[Report on the health of British troops in the Madras command]
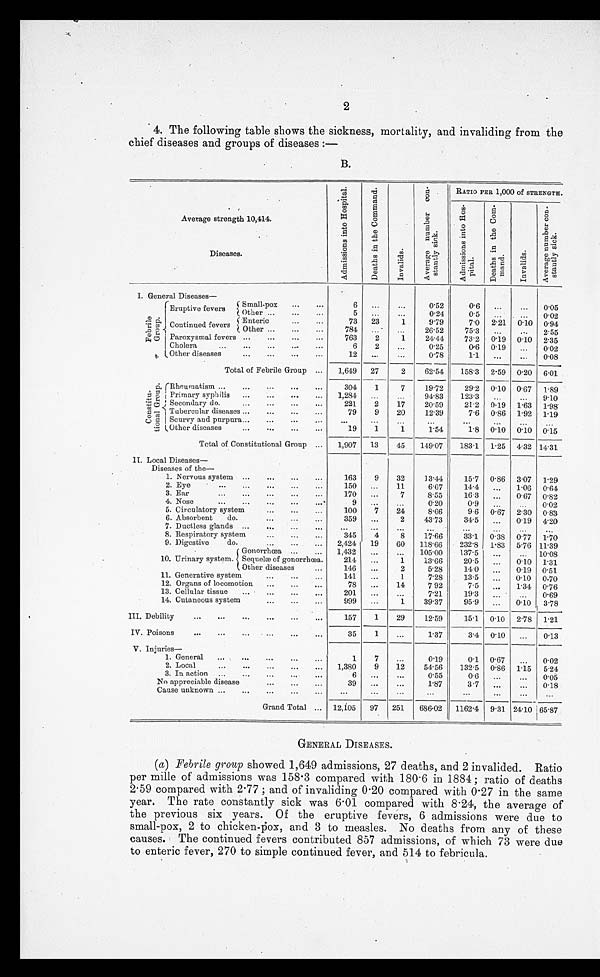
chief diseases and groups of diseases:—
B.
Average strength 10,414.
A d m i s s i o n s i n t o H o s p i t a l .
D e a t h s i n t h e C o m - m a n d .
I n v a l i d s .
A v e r a g e n u m b e r c o n - s t a n t l y s i c k .
RATIO PER 1,000 of STRENGTH.
A d m i s s i o n s i n t o H o s - p i t a l .
D e a t h s i n t h e C o m - m a n d .
I n v a l i d s .
A v e r a g e n u m b e r c o n - s t a n t l y s i c k .
Diseases.
I . G e n e r a l D i s e a s e s —
F e b r i l e G r o u p .
Eruptive fevers
Small-pox
. . .
6
. . .
. . . 0.52
0.6
. . .
. . . 0.05
Other
. . .
5
. . .
. . . 0.24
0.5
. . .
. . . 0.02
Continued fevers
Enteric
. . .
73
23
1
9.79
7.0 2.21 0.10 0.94
Other
. . .
784
. . .
. . .
26.52
75.3
. . .
. . . 2.55
Paroxysmal fevers . . .
763
2
1
24.4
73.2 0.19 0.10 2.35
Cholera
. . .
6
2
. . .
0.25
0.6 0.19
. . . 0.02
Other diseases
. . .
12
. . .
. . .
0.78
1.1
. . .
. . . 0.08
Total of Febrile Group
. . .
1,649
27
2
62.54
158.3 2.59 0.20 6.01
C o n s t i t u - t i o n a l G r o u p . Rheumatism . . .
304
1
7
19.72
29.2 0.10 0.67 1.89
Primary syphilis. . .
1,284
. . .
. . .
94.83
123.3
. . .
9.10
Secondary do . . .
221.
2
17
20.59
21.2 0.19 1.63 1.98
Tubercular diseases . . .
79
9
20
12.39
7.6 0.86 1.92 1.19
Scurvy and purpura . . .
. . .
. . .
. . . . . .
. . .
. . .
. . .
. . .
Other diseases
. . .
19
1
1
1.54
1.8 0.10 0.10 0.15
Total of Constitutional Group
. . . 1,907
13
45
149.07
183.1 1.25 4.32 14.31
II. Local Diseases
—
Diseases of the
—
1. Nervous system . . .
163
9
32
13.44
15.7 0.86 3.07 1.29
2. Eye
. . .
150
...
11
6.67
14.4
. . .
1.06 0.64
3. Ear . . .
170
. . .
7
8.55
16.3
. . .
0.67 0.82
4. Nose
. . .
9
. . .
. . .
0.20
0 . 9
. . .
. . . 0.02
5. Circulatory system
100
7
24
8.66
9.6 0.67 2.30 0.83
6. Absorbent do . . .
359
. . .
2
43.73
34.5
. . .
0.19 4.20
7. Ductless glands
. . .
. . .
. . . . . .
. . . . . . . . .
. . .
8. Respiratory system . . .
345
4
8
17.66
33.1 0.38 0.77 1.70
9. Digestive do . . .
2,421
19
60
118.66
232.8 1.83 5.76 11.39
G o n o r r h œ a 1,432
. . .
. . .
105.00
137.5
. . .
. . . 10.08
10. Urinary system. S e q u e l æ o f g o n o r r o h œ a . o f g o n o r r h œ a .
214
. . .
1
13.66
20.5
. . .
0.10 1.31
Other diseases
. . .
146
. . .
2
5.28
14.0
. . .
0.19 0.51
11. Generative system
141
. . .
1
7.28
13.5
. . .
0 . 1 0 0.70
12. Organs of locomotion
. . .
78
. . .
1 4
7.92
7.5
. . .
1.34 0.76
13. Cellular tissue . . .
201
. . .
. . .
7.21
19.3
. . . . . .
0.69
14. Cutaneous system . . .
999
. . .
1
39.37
95.9
. . .
0.10 3.78
III. Debility
. . .
157
1
29
12.59
15.1 0.10 2.78 1.21
IV. Poisons
. . .
35
1
. . .
1.37
3.4 0.10
. . . 0.13
V. Injuries
—
1. General
. . .
1
7
. . .
0.19
0.1 0.67
. . . 0.02
2. Local
1.380
9
12
54.56
132.5 0.86 1.15 5.24
3. In action
. . .
6
. . .
. . .
0.55
0.6
. . .
. . . 0.05
No appreciable disease . . .
39
. . .
. . .
1.87
3.7
. . .
. . . 0.18
Cause unknown . . .
. . .
. . .
. . . . . .
. . .
. . .
. . .
. . .
Grand Total . . . 12,105
97
251
686.02
1162.4 9.31 24.10 65.87
GENERAL DISEASES.
(a) Febrile group showed 1,649 admissions, 27 deaths, and 2 invalided. Ratio
per mille of admissions was 158.3 compared with 180.6 in 1884 ; ratio of deaths
2.59 compared with 2.77 ; and of invaliding 0.20 compared with 0.27 in the same
year. The rate constantly sick was 6.01 compared with 8.24, the average of
the previous six years. Of the eruptive fevers, 6 admissions were due to
small-pox, 2 to chicken-pox, and 3 to measles. No deaths from any of these
causes. The continued fevers contributed 857 admissions, of which 73 were due
to enteric fever, 270 to simple continued fever, and 514 to febricula.